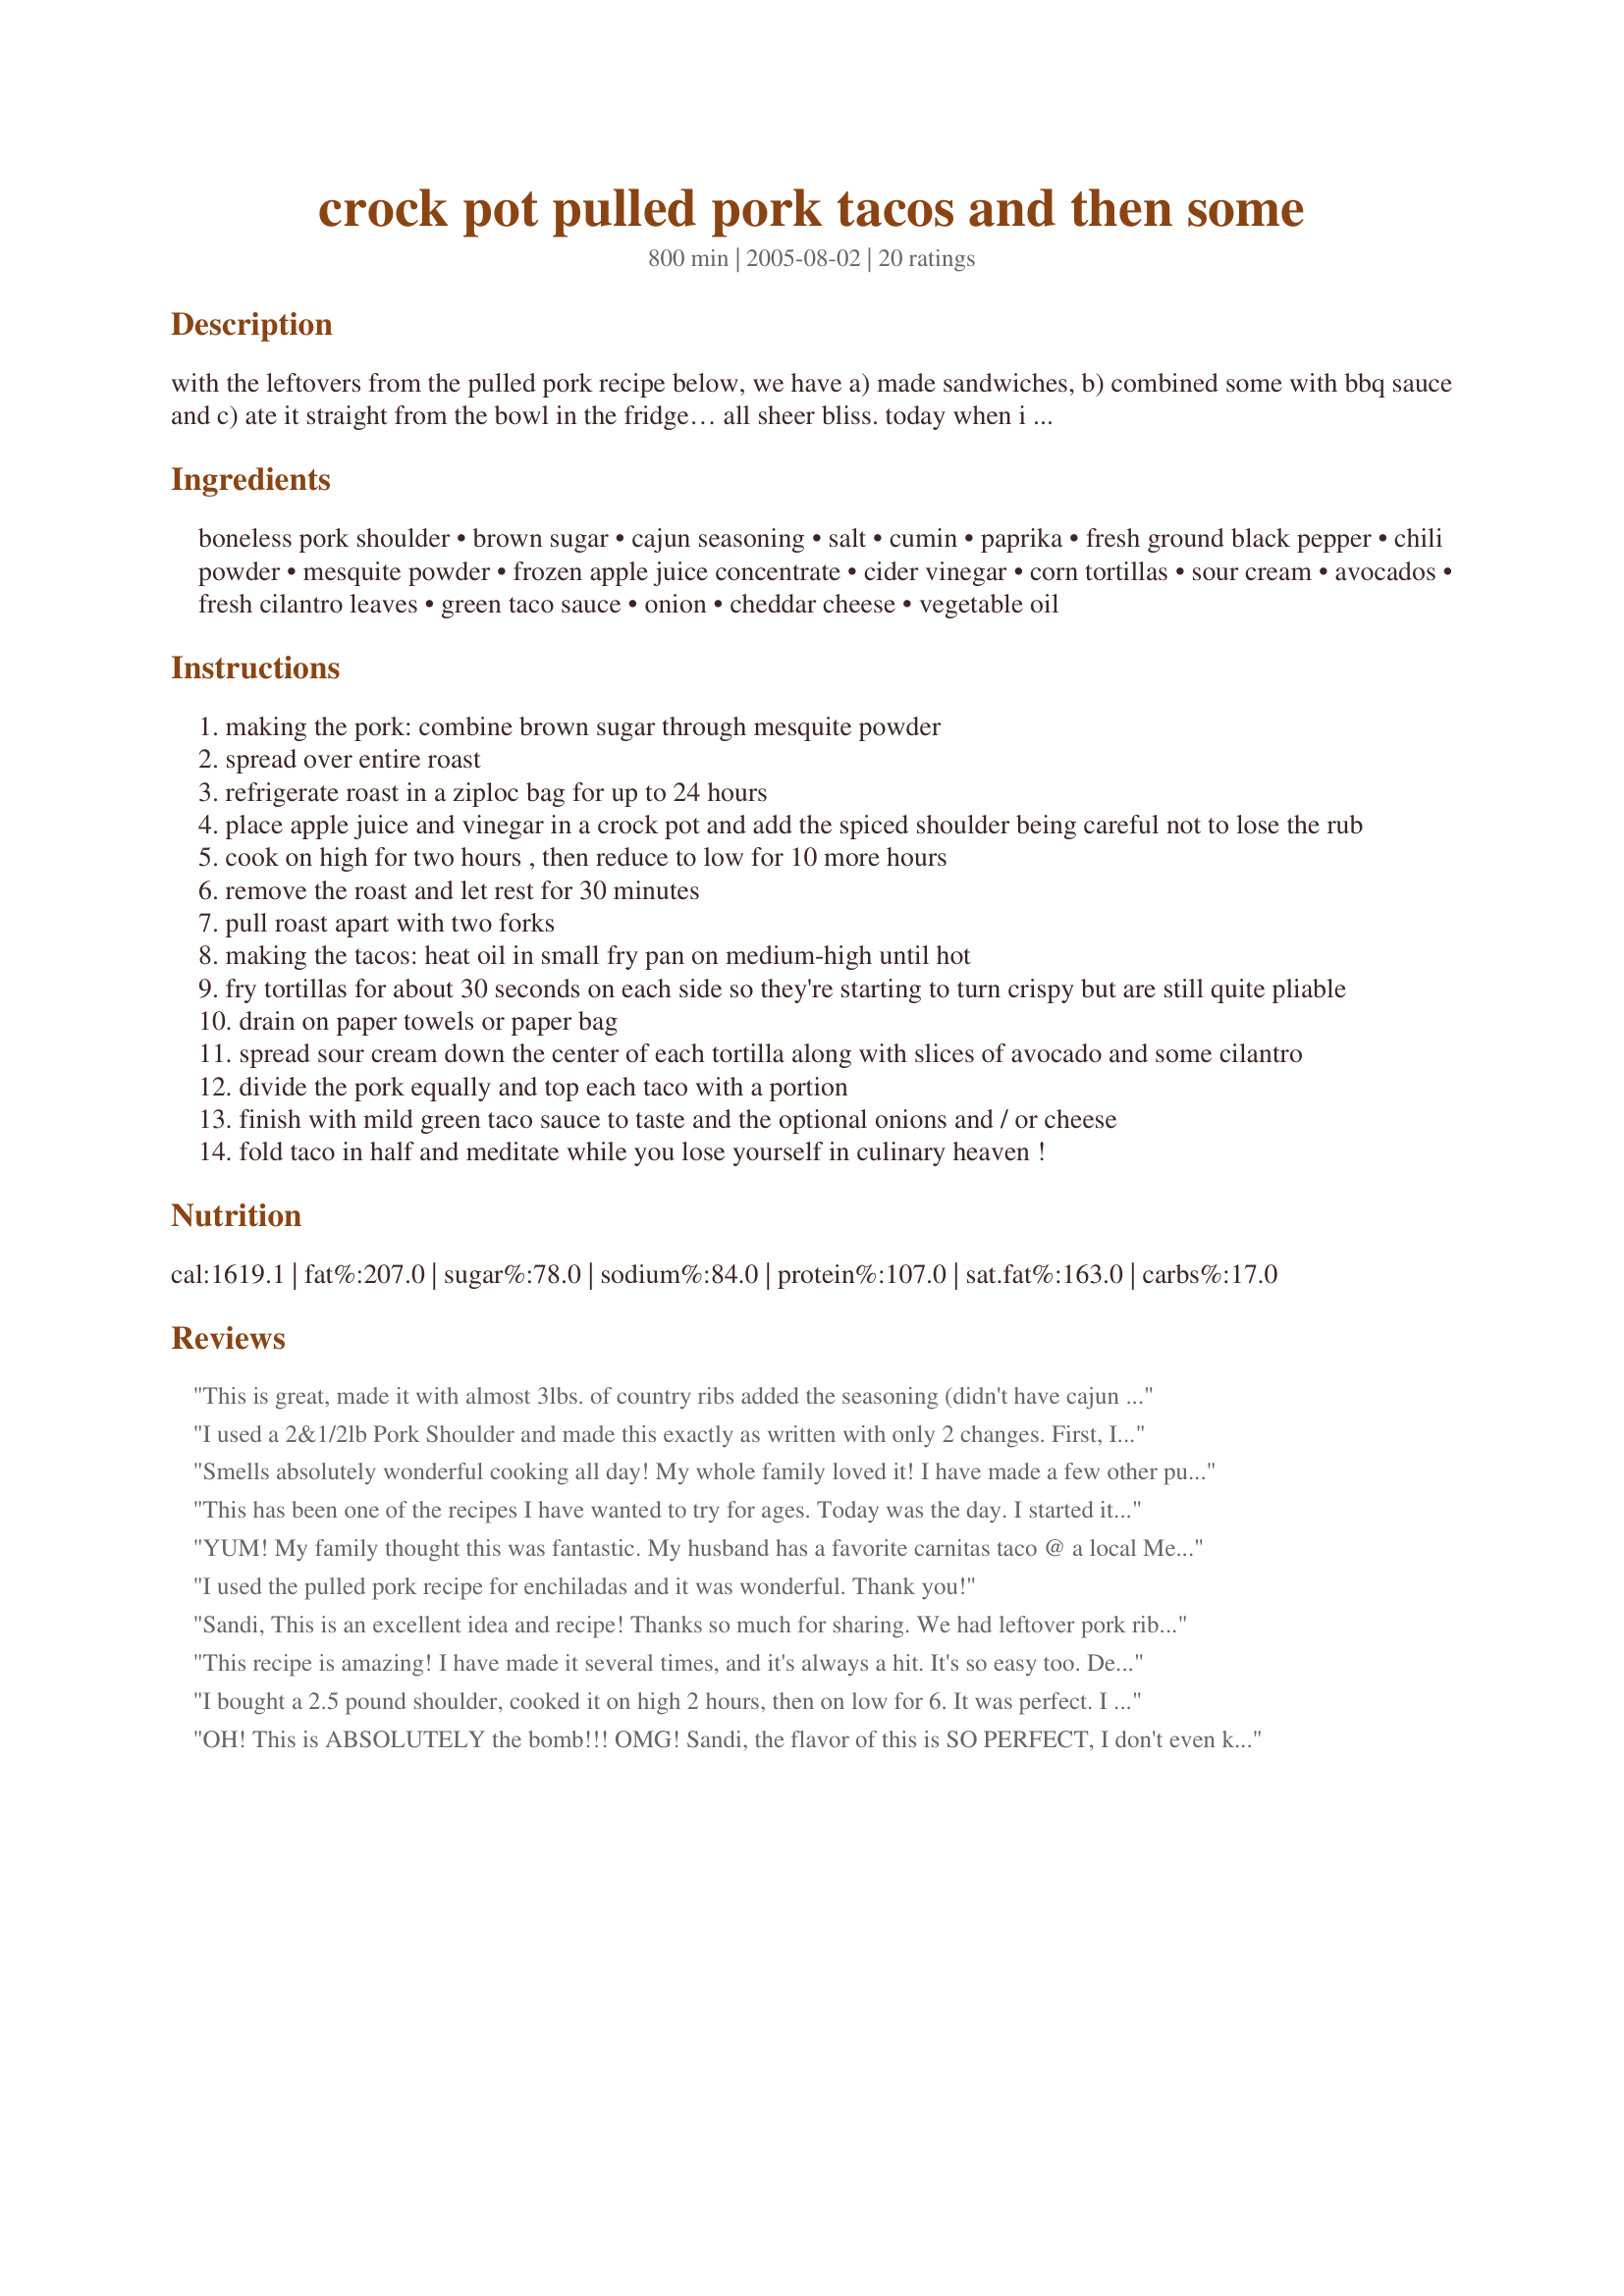
crock pot pulled pork tacos and then some
Preparation time: 800 minutes

with the leftovers from the pulled pork recipe below, we have a) made sandwiches, b) combined some with bbq sauce and c) ate it straight from the bowl in the fridge… all sheer bliss. today when i spied the last of our supply, i was inspired to make tacos with all my favorite toppings and here they are. you will have leftover pulled pork and be darned thankful for it! time estimate does not include overnight marinating.

Ingredients:
boneless pork shoulder, brown sugar, cajun seasoning, salt, cumin, paprika, fresh ground black pepper, chili powder, mesquite powder, frozen apple juice concentrate, cider vinegar, corn tortillas, sour cream, avocados, fresh cilantro leaves, green taco sauce, onion, cheddar cheese, vegetable oil

Steps:
making the pork: combine brown sugar through mesquite powder
spread over entire roast
refrigerate roast in a ziploc bag for up to 24 hours
place apple juice and vinegar in a crock pot and add the spiced shoulder being careful not to lose the rub
cook on high for two hours , then reduce to low for 10 more hours
remove the roast and let rest for 30 minutes
pull roast apart with two forks
making the tacos: heat oil in small fry pan on medium-high until hot
fry tortillas for about 30 seconds on each side so they're starting to turn crispy but are still quite pliable
drain on paper towels or paper bag
spread sour cream down the center of each tortilla along with slices of avocado and some cilantro
divide the pork equally and top each taco with a portion
finish with mild green taco sauce to taste and the optional onions and / or cheese
fold taco in half and meditate while you lose yourself in culinary heaven !

Reviews:
This is great, made it with almost 3lbs. of country ribs added the seasoning (didn't have cajun seasoning so I just subbed some chili powder, cayenne pepper and garlic powder for the amounts). Cooked for about 7 hrs on low shredded it put it back in the crockpot with some of the juices. I served it as soft tacos and was well liked by my picky children. Thank you for the great and easy recipe.
I used a 2&1/2lb Pork Shoulder and made this exactly as written with only 2 changes. First, I didn't have time to refrigerate seasoned roast for 24 hours & second, I couldn't find mesquite powder anywhere so I used mesquite seasoning from a packet. I was surprised at how perfectly tender it turned out and that all the fat melts right off. The only problem was the taste. It was too salty and strong for us. Probably, I should have cut the seasonings in half since I used a smaller cut of pork. Also, next time I'd cut the cumin & paprika in half. They seemed a bit too strong.
Smells absolutely wonderful cooking all day! My whole family loved it! I have made a few other pulled pork recipes but this one is definately one of the best! Will make again and again!
This has been one of the recipes I have wanted to try for ages. Today was the day. I started it on high for about 3.5 hours, because I only had 10 hours total (not the 12in the recipe.) When I checked it after 5.5 hours it was done - and almost mealy, but once I pulled it, it was really terrific. My crock pot is an older version, so maybe it's just too hot. We served it on buns. I let the sauce cool and skimmed off the fat, then thickened it up with cornstarch and we used that as BBQ sauce. There's hardly any leftovers!
YUM! My family thought this was fantastic. My husband has a favorite carnitas taco @ a local Mexican restaurant. I cooked the meat, sauteed bell pepper & onion, then stuffed the taco shells. My husband was raving. :) Thank you for a great meal!
I used the pulled pork recipe for enchiladas and it was wonderful. Thank you!
Sandi, This is an excellent idea and recipe! Thanks so much for sharing. We had leftover pork ribs and pork tenderloin so I added that to the crockpot and followed your recipe, for the most part. I had some Rudy's (from Austin, TX) barbecue sauce so I added that, and slow cooked the combination for 8 hours. Loved the pork tacos! The adults opted out on the cheese but the kids loved it. I added some diced Vidalia onions and shredded Napa cabbage. Delicious.
This recipe is amazing! I have made it several times, and it's always a hit. It's so easy too. Definitely a dish I will make over and over again. Thanks!!!
I bought a 2.5 pound shoulder, cooked it on high 2 hours, then on low for 6. It was perfect. I would almost bet I could have pulled it (pun intended) at 5 hours. I made a mango/pineapple chutney to go with it and it was delicious!
OH! This is ABSOLUTELY the bomb!!! OMG! Sandi, the flavor of this is SO PERFECT, I don't even know how to describe it! Directions were so easy to follow and the seasonings were monumental! All of my kids just loved this, and so did I!!! Figured I'd have enough left over for the tacos, but Oh, NO! Served with garlic mashed potatoes and steamed broccoli, and there wasn't even enough left for me to take to work as leftovers!!! A tried and true "Keeper" in my family! Can't wait to tell the sisters about it and brag about how much better I can cook than they can!!! LOL! Thanks Sandi, for sharing! YUM! :)
ABSOLUTELY FANTASTIC!!!!! OMG! BEST PULLED PORK EVER! I will make this many more times to come. Thank you! :)
Great marinade! I've found that crock pot pulled pork is one of the easiest, cheapest and tastiest things you can eat! I for one like to sear my shoulder after rubbing it before putting it in the crock pot. For me, it helps add a bit of smokiness. I also add a few garlic cloves and onions to the crock pot with the pork. When the pork is complete, I pull it apartment and add some fresh lime juice and smoked paprika. I like to char it a bit in a pan with some hot oil and and then put it on some fried corn tortillas with fresh cilantro, avocado, mango and some hot sauce. Takes like REAL Mexican street food. Thanks for sharing!
Sandi, I made this for the first time yesterday and have to say it was delish!! I have already copied the recipe into my recipe book for safe keeping. Thank you for sharing!!
OMG, I'll never use another recipe for this. It's perfect and the flavors blend so well, not to sweet or spicy, just right and so easy with the crockpot. We doubled the meat so we could have left overs but left the liquid in the crockpot the same and glad we did, I'm sharing this recipe with everyone, it's soooo good.
I just made the pulled pork for bbq. I cooked the roast as directed and added a bottle of bbq sauce. It was wonderful.
Wow! I can't tell you how great this is! I made this last week, and have already added it to the menu for next week. I went rooting around in the fridge today for the leftovers only to find out that hubby liked it so much that he ate ALL of the leftovers! Definately would give this more than 5 stars if I could!
I've made this recipe many times now, and it's always a hit! I've had so many compliments on it!

I often get requests to make it for other people's parties, which I do so that I can make a little extra to put in my fridge.

Thanks a million!!
I have made this twice and everyone wants the recipe! It is simply the best. Didn't have apple juice concentrate, so used regular apple juice and results were great! Thanks for posting!
This is too good. I didnt have any mesquite powder so I rubbed the roast with mesquite liquid smoke and then all the spices, followed the rest of the instructions and it was wonderful! Thanks so much for posting this recipe. I will be making this again!
Oh my gosh! This recipe is so easy and so great. I have lots of leftovers and am so happy. I'm passing this on to my daughter. It will be a great recipe for a crowd.
